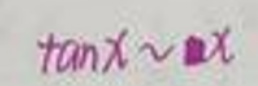
\[\tan x\sim x\]